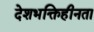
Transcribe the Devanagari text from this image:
देशभक्तिहीनता